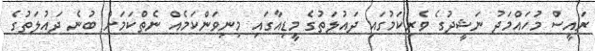
ރައީސް މުހައްމަދު ނަޝީދުގެ ވެރިކަމުގައި ދައުލަތުގެ މީޑިއާގައި މިނިވަންކަމެއް ނެތްކަމަށް ބުނެ ދައުލަތުގެ